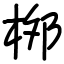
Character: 桞